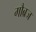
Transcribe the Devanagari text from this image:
गौब्रज